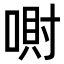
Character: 𪡮